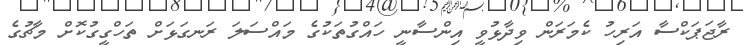
ރާޖަޕަކްސާ އަރިހު ކެމަރަން ވިދާޅުވީ އިންސާނީ ހައްގުތަކުގެ މައްސަލަ ރަނގަޅަށް ތަހްގީގުކޮށް މާޗުގެ